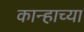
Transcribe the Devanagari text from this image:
कान्हाच्या